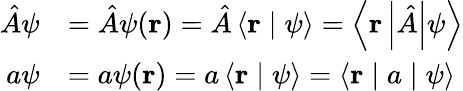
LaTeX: {\begin{array}{rl}{{\hat{A}}\psi}&{={\hat{A}}\psi(\mathbf{r})={\hat{A}}\left\langle\mathbf{r}\mid\psi\right\rangle=\left\langle\mathbf{r}\left\vert{\hat{A}}\right\vert\psi\right\rangle}\\ {a\psi}&{=a\psi(\mathbf{r})=a\left\langle\mathbf{r}\mid\psi\right\rangle=\left\langle\mathbf{r}\mid a\mid\psi\right\rangle}\end{array}}